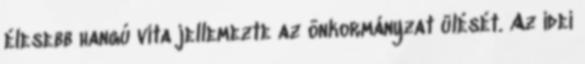
élesebb hangú vita jellemezte az önkormányzat ülését. Az idei